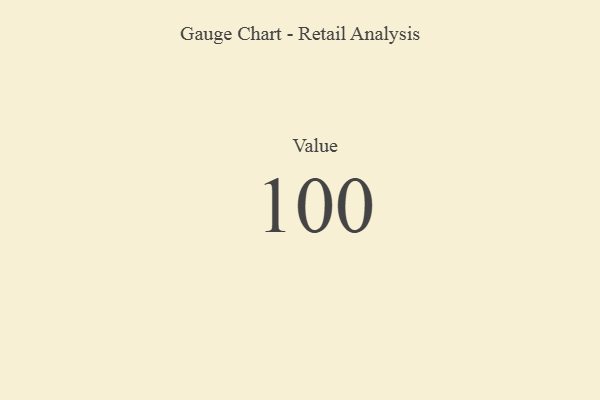
{"axis": {"x": "Metric", "y": "Value"}, "legend": [""], "data": [{"x": "Value", "y": 100, "type": ""}]}